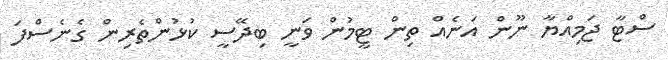
ސްޓާ ޖަމިއްޔާ ނޫން އަނެއް ތިން ޓީމުން ވަނީ ބިދޭސީ ކުޅުންތެރިން ގެނެސްފަ